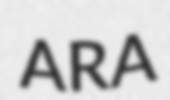
ARA